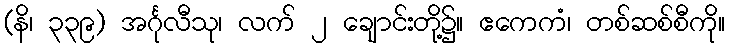
(နိ၊ ၃၃၉) အင်္ဂုလီသု၊ လက် ၂ ချောင်းတို့၌။ ဧကေကံ၊ တစ်ဆစ်စီကို။